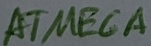
Text: ATMEGA